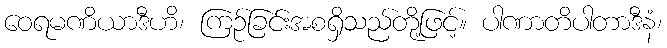
ဝေရမဏိယာဒီဟိ၊ ကြဉ်ခြင်းအစရှိသည်တို့ဖြင့်။ ပါဏာတိပါတာဒီနံ၊